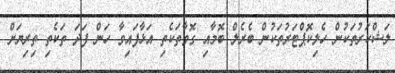
ލަޝްކަރުތަކުން ހެލިކޮޕްޓަރުތަކުން ބެރެލް ބޮމާއި ގޮވާތަކެތި އަޅާފައިވާ ހަން ފަދަ ތަކެތި ތިރިޔަށް